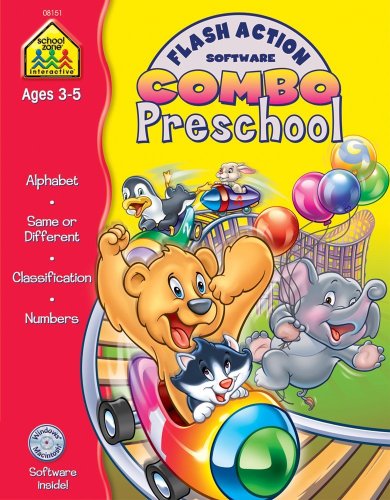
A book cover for Flash Action Software Combo Preschool; Barbara Gregorich; Children's Books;